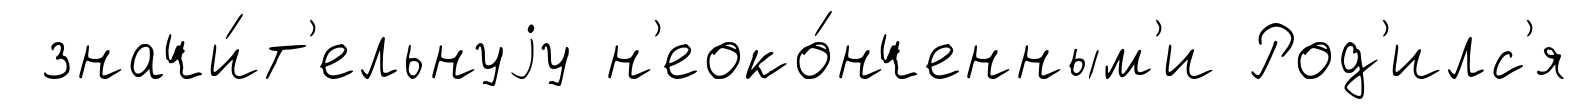
значи́т'ельнуjу н'еоко́нченным'и Род'илс'я